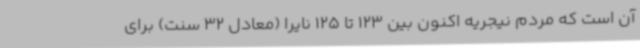
آن است که مردم نیجریه اکنون بین 123 تا 125 نایرا (معادل 32 سنت) برای